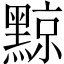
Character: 黥